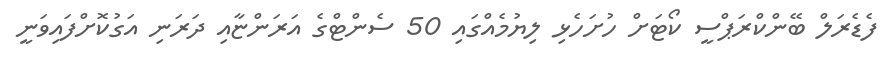
ފެޑެރަލް ބޭންކްރަޕްސީ ކޯޓަށް ހުށަހެޅި ލިޔުމެއްގައި 50 ސެންޓްގެ އަރަންޏާއި ދަރަނި އަގުކޮށްފައިވަނީ